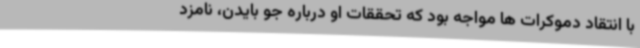
با انتقاد دموکرات ها مواجه بود که تحققات او درباره جو بایدن، نامزد